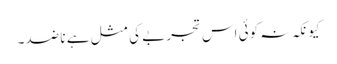
کیونکہ نہ کوئی اس تجربے کی مثل ہے نا ضد۔